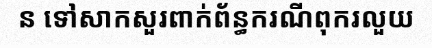
ន ទៅសាកសួរពាក់ព័ន្ធករណីពុករលួយ